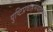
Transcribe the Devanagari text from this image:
पुष्टिप्रवाहमर्यादाभेद